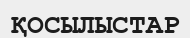
ҚОСЫЛЫСТАР